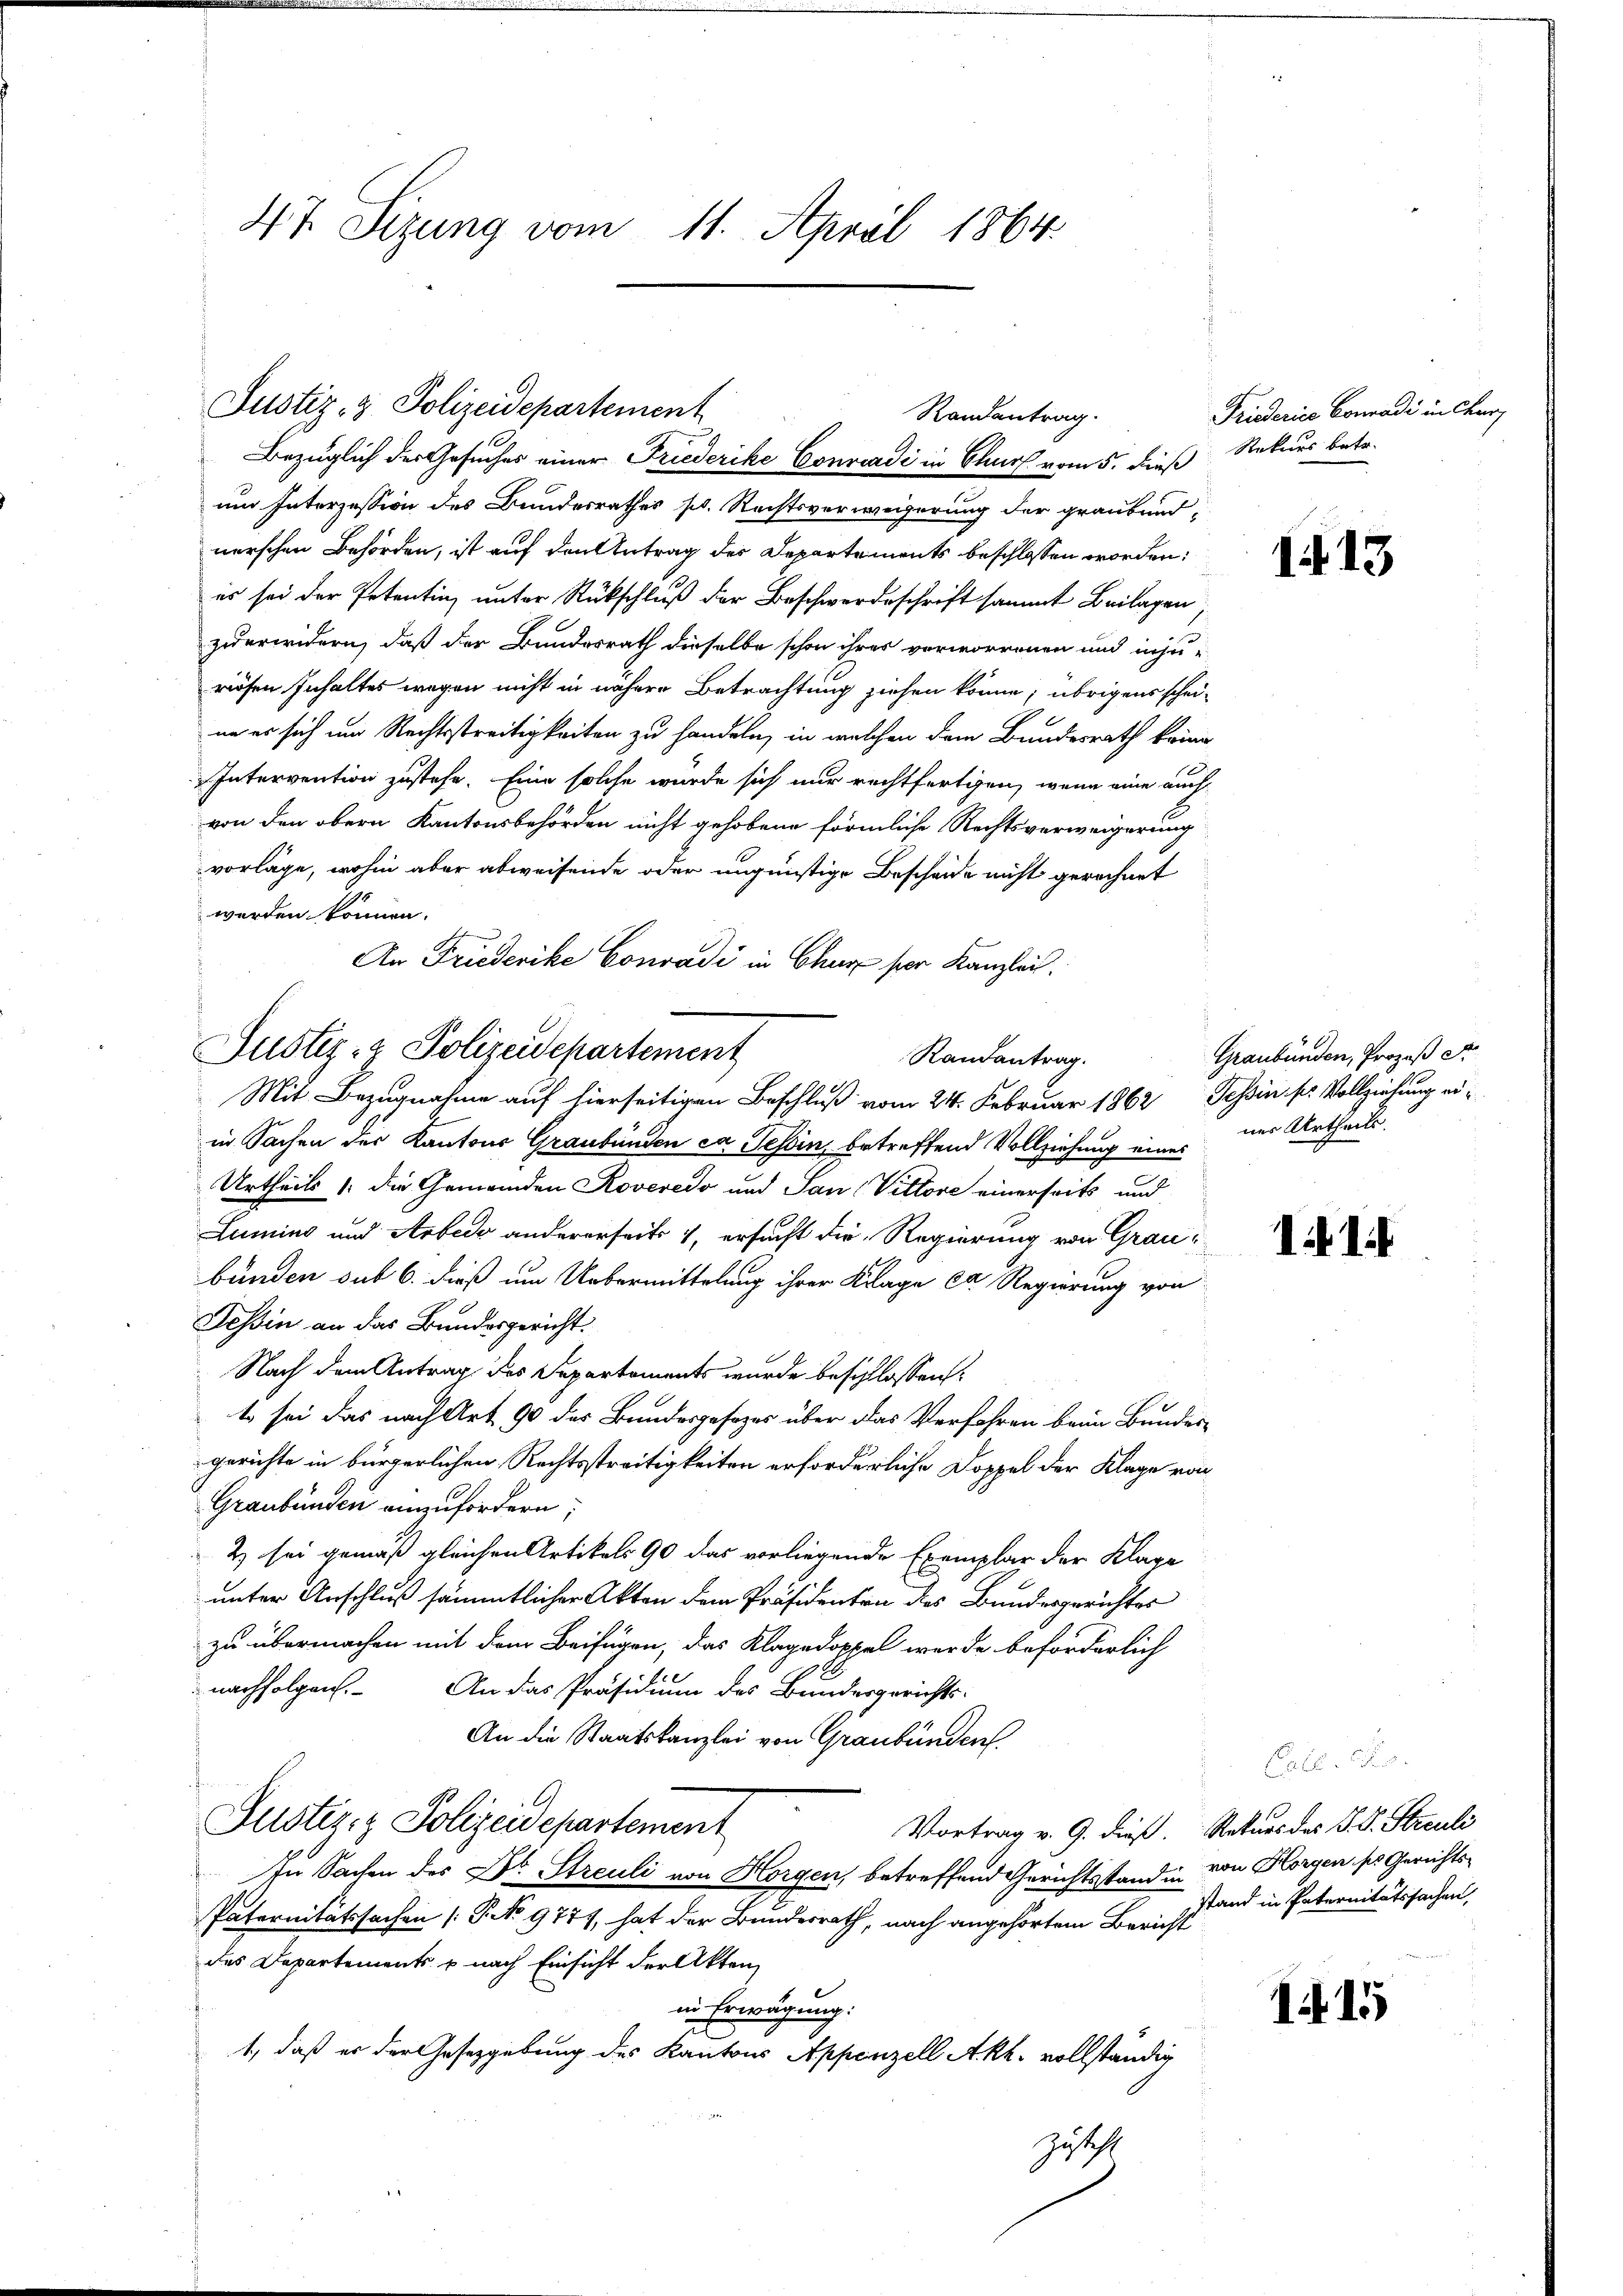
47. Seizung vom 11. April 1864.

Justiz- & Polizeidepartement
Randantrag.

Justiz- & Polizeidepartement
Randantrag.
Mit Bezugnahme auf hierseitigen Beschluß vom 24. Februar 1862, Tessin sr Vollziehung ei¬

Bezüglich der Gesuches einer Friederike Conradi in Chur vom 5. dieß Rekurs betr.
um Interzession des Bundesrathes pr. Rechtsverweigerung der graubendnerschen Behörden, ist auf den Antrag der Departements beschlossen worden;
es sei der Petentin, unter Rückschluß der Beschwerdeschrift sammt Beilagen
zuerwidern, daß der Bundesrath dieselbe schon ihres verworrenen und inju-
riösen Inhaltes wegen nicht in nähere Betrachtung ziehen könne; übrigens scheine es sich im Rechtsstreitigkeiten zu handeln, in welchen dem Bundesrath keine
Intervention zustehe. Eine solche wurde sich nur rechtfertigen, wenn eine auch
von den obern Kantonsbehörden nicht gehobene förmliche Rechtsverweigerung
vorlage, wohin aber abweisende oder ungünstige Bescheide nicht gerechnet
werden können.
An Friederike Conradi in Chur ser Kanzlei.

Friderica Conradi in Chur

in Sachen der Kantons Graubünden ce Tessin, betreffend Vollziehung eines nur Urtheils
Urtheils die Gemeinden Roveredo und San (Vittore einerseits und
Lumins und Arbedo andererseits 1, ersucht die Regierung von Graubünden sub 6. dieß um Uebermittelung ihrer Klage er Regierung von
Tessin an das Bundesgericht.
Nach dem Antrag des Departements wurde beschlossen:
e
t sei das nach Art 90 des Bundesgesezes über das Verfahren beim Bundesgerichte in bürgerlichen Rechtsstreitigkeiten erforderliche Doppel der Klage von
Graubünden einzufordern;
2 sei gemäß gleichen Artikels 90 das vorliegende Exemplar der Klage
unter Anschluß sämmtlicher Akten dem Präsidenten des Bundesgerichtes
zu übermachen mit dem Beifügen, das Klagedoppel werde beförderlich
nachfolgen.
An das Präsidium des Bundesgerichts-
An die Staatskanzlei von Graubünden
Justiz- & Polizeidepartement
Vortrag v. 9. dieß. Naturs des P. V. Streuli
In Sachen des Dr. Streuli von Horgen, betreffend Gerichtsstand in von Horgen ses Gerichts-
Paternitätssachen [P.No 9771, hat der Bundesrath, nach angehörtem Bericht
des Departements u nach Einsicht der Akten,
in Erwägung:
1, daß er der Gesetzgebung des Kantons Appenzell Akh. vollständig
Zusteht

1. 13

Graubünden, Prozeß Str

1 1

14 15

stand in Paternitätssachen,